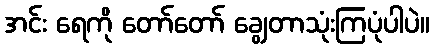
အင်း ရေကို တော်တော် ချွေတာသုံးကြပုံပါပဲ။